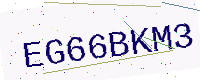
Text: EG66BKM3